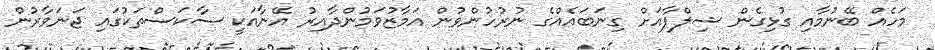
މަހެއް ބޭނުމާއި ގުޅިގެން ޝިލްޕާއަށް ގިނަބައެއްގެ ނުރުހުންވުން އަމާޒުވަމުންދާއިރު އޭނާއަކީ ސާކަސްތަކުގައި ޖަނަވާރުން